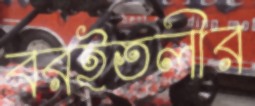
বরইতলীর